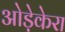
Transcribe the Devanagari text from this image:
ओड़ेकेरा